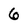
Character: 6